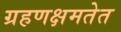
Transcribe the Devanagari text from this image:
ग्रहणक्षमतेत